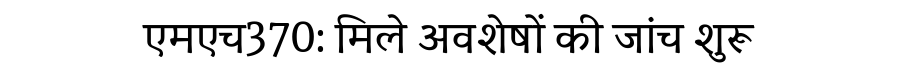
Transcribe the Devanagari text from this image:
एमएच370: मिले अवशेषों की जांच शुरू